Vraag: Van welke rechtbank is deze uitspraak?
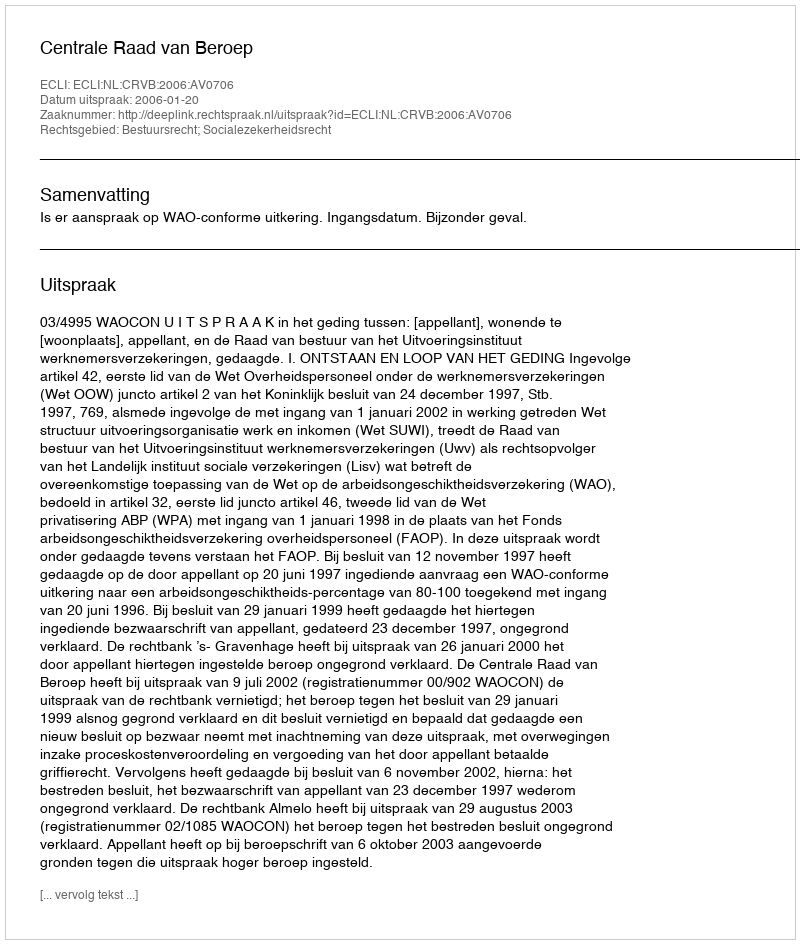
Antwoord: Centrale Raad van Beroep